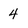
Character: 4